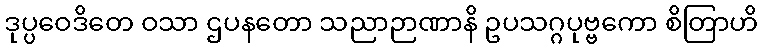
ဒုပ္ပဝေဒိတေ ဝသာ ဌပနတော သညာဉာဏာနိ ဥပသဂ္ဂပုဗ္ဗကော စိတြာဟိ